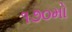
૧૭૦મો